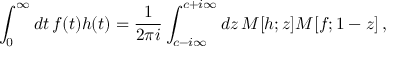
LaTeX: \int _ { 0 } ^ { \infty } d t \, f ( t ) h ( t ) = { \frac { 1 } { 2 \pi i } } \int _ { c - i \infty } ^ { c + i \infty } d z \, M [ h ; z ] M [ f ; 1 - z ] \, ,